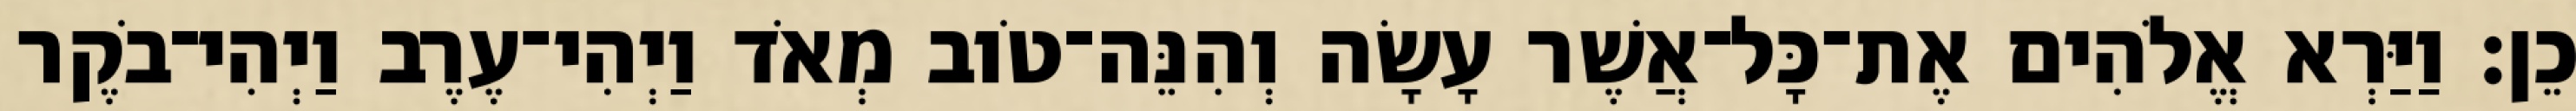
כֵן׃ וַיַּרְא אֱלֹהִים אֶת־כָּל־אֲשֶׁר עָשָׂה וְהִנֵּה־טֹוב מְאֹד וַיְהִי־עֶרֶב וַיְהִי־בֹקֶר